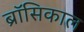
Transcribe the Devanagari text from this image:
ब्रॉसिकाल